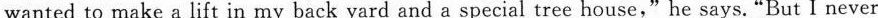
wanted to make a lift in my back yard and a special tree house,"he says."But I never